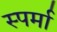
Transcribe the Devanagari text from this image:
स्पर्मा